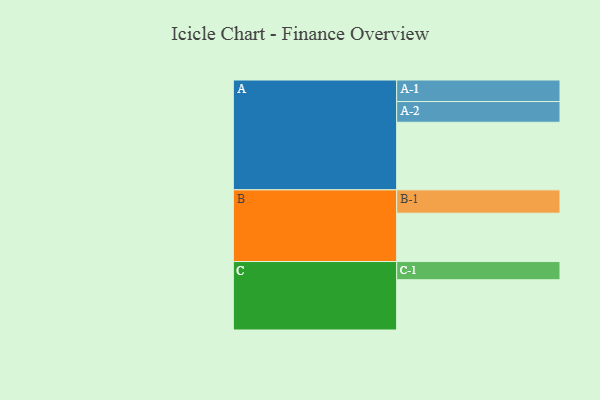
{"axis": {"x": "Segment", "y": "Value"}, "legend": ["", "A", "B", "C"], "data": [{"x": "A", "y": 565, "type": ""}, {"x": "B", "y": 404, "type": ""}, {"x": "C", "y": 420, "type": ""}, {"x": "A-1", "y": 180, "type": "A"}, {"x": "A-2", "y": 173, "type": "A"}, {"x": "B-1", "y": 195, "type": "B"}, {"x": "C-1", "y": 152, "type": "C"}]}